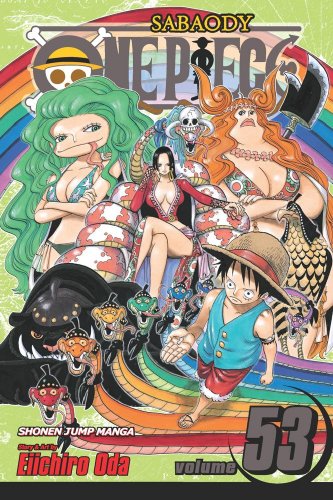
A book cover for One Piece, Vol. 53; Eiichiro Oda; Comics & Graphic Novels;